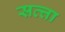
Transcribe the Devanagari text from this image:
सत्त्ता